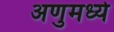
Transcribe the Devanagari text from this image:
अणुमध्ये